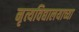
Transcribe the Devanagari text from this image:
नृत्यविद्यालयाच्या